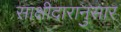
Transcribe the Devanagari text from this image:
साक्षीदारानुसार